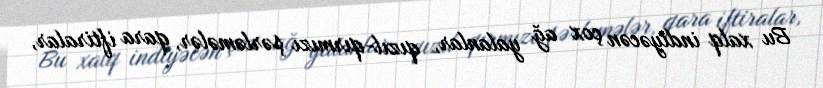
Bu xalq indiyəcən çox ağ yalanlar, qızıl-qırmızı şərləmələr, qara iftiralar,